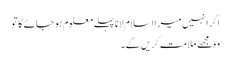
اگر انہیں میرا اسلام لانا پہلے معلوم ہو جائے گا تو
وہ مجھے ملامت کریں گے۔